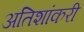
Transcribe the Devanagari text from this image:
अतिशांकरी